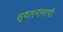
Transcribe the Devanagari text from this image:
स्थलनामाची